Report on lock hospitals in British Burma
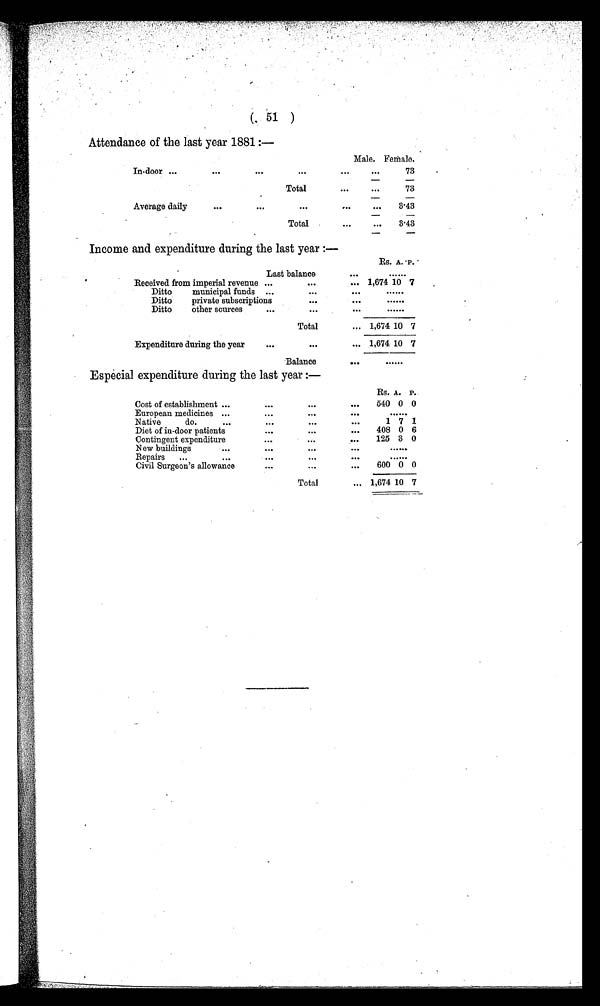
(
51
)
Attendance of the last year 1881 :—
Male. Female.
In-door ...
. . .
...
. . .
...
. . .
73
Total
. . .
. . .
73
Average daily
. . .
. . .
. . .
...
...
3.43
Total
. . .
...
3.43
Income and expendi t ure duri ng t he l ast year : —
Rs. A. P.
Last balance
. . .
. . . . . .
Received from imperial revenue ...
. . .
. . . 1,674 10 7
Ditto
municipal funds ...
. . .
. . .
. . . . . .
Ditto
private subscriptions
. . .
. . .
......
Ditto
other sources
. . .
. . .
...
......
Total
... 1,674 10 7
Expenditure during the year
. . .
. . .
... 1,674 10 7
Balance
. . .
......
Especial expenditure during the last year :—
Rs. A. P.
Cost of establishment ...
. . .
. . .
...
540 0 0
European medicines ...
. . .
. . .
. . .
. . . . . .
Native
do.
...
...
. . .
. . .
1 7 1
Diet of in-door patients
. . .
. . .
. . .
408 0 6
Contingent expenditure
...
...
...
125 3 0
N ew buildings
...
. . .
...
. . .
......
Repairs
...
...
. . .
. . .
. . .
. . . . . .
Civil Surgeon's allowance
. . .
...
...
600 0 0
Total
... 1,674 10 7